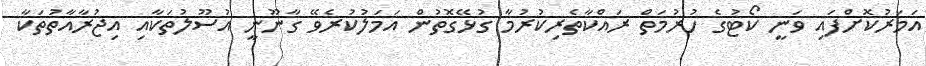
އަމަރުކޮށްފައި ވަނީ ކޯޓުގެ ހުރުމަތް ރައްކާތެރިކުރުމާ ގުޅޭގޮތުން އަމަލުކުރެވޭ ގާނޫނީ އުސޫލުތަކާއި އިޖުރާއާތުތަކާ